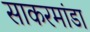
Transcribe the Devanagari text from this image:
साकरमांडा